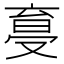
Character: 𠭩